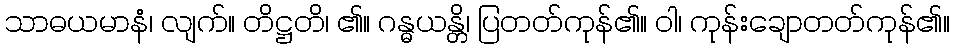
သာဓယမာနံ၊ လျက်။ တိဋ္ဌတိ၊ ၏။ ဂန္ဓယန္တိ၊ ပြတတ်ကုန်၏။ ဝါ၊ ကုန်းချောတတ်ကုန်၏။